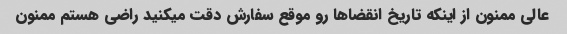
عالی ممنون از اینکه تاریخ انقضا‌ها رو موقع سفارش دقت میکنید راضی هستم ممنون